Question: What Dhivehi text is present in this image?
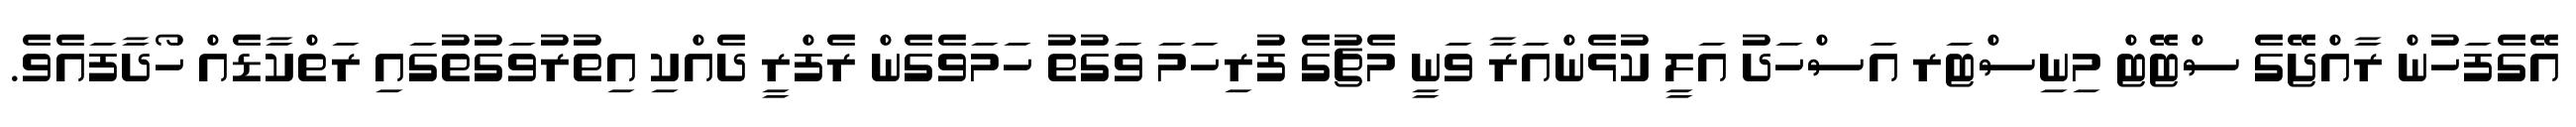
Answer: އޭގެފަހުން ރާއްޖޭގެ ސްޓޭޓް މިނިސްޓަރ އަސްހަދު އަލީ ކުޅެންއަރާ ވަނީ މެޗުގެ ފުރިހަމަ ވަގުތު ހަމަވެގެން ރެފްރީ ދެއްކި އިތުރުވަގުތުގައި ރަތްކާޑެއް ހޯދާފައެވެ.